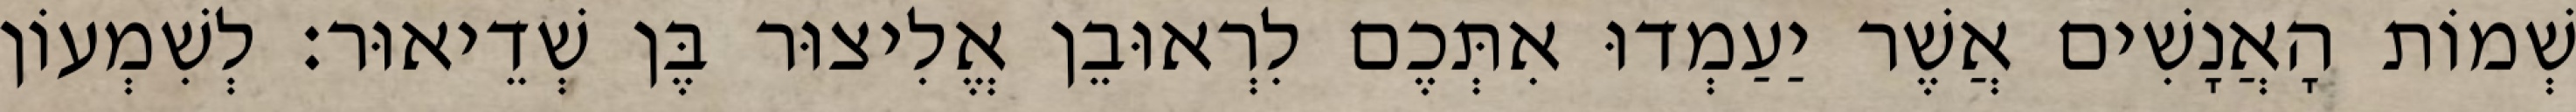
שְׁמוֹת הָאֲנָשִׁים אֲשֶׁר יַעַמְדוּ אִתְּכֶם לִרְאוּבֵן אֱלִיצוּר בֶּן שְׁדֵיאוּר׃ לְשִׁמְעוֹן